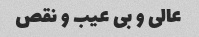
عالی و بی عیب و نقص